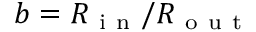
b = R _ { \mathrm { ~ i ~ n ~ } } / R _ { \mathrm { ~ o ~ u ~ t ~ } }